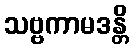
သဗ္ဗကာမဒန္တိ